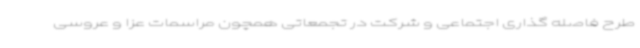
طرح فاصله گذاری اجتماعی و شرکت در تجمعاتی همچون مراسمات عزا و عروسی